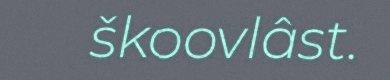
škoovlâst.